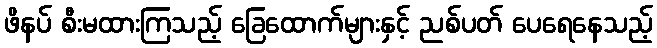
ဖိနပ် စီးမထားကြသည့် ခြေထောက်များနှင့် ညစ်ပတ် ပေရေနေသည့်